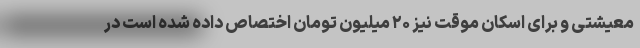
معیشتی و برای اسکان موقت نیز ۲۰ میلیون تومان اختصاص داده شده است در